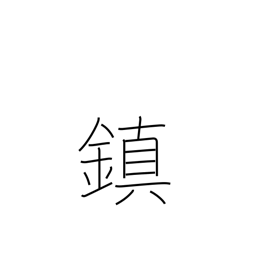
Meaning: tranquilize